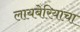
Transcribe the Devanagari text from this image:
लायबेरियाचा